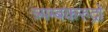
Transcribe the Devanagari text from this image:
त्र्यम्बकरुद्रो